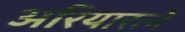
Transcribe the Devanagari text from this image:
अरियारत्ने